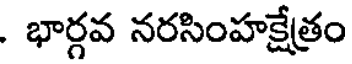
. భార్గవ నరసింహక్షేత్రం